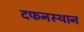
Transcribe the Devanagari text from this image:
दफनस्थान